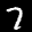
Label: 7